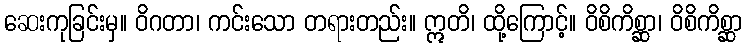
ဆေးကုခြင်းမှ။ ဝိဂတာ၊ ကင်းသော တရားတည်း။ ဣတိ၊ ထို့ကြောင့်။ ဝိစိကိစ္ဆာ၊ ဝိစိကိစ္ဆာ